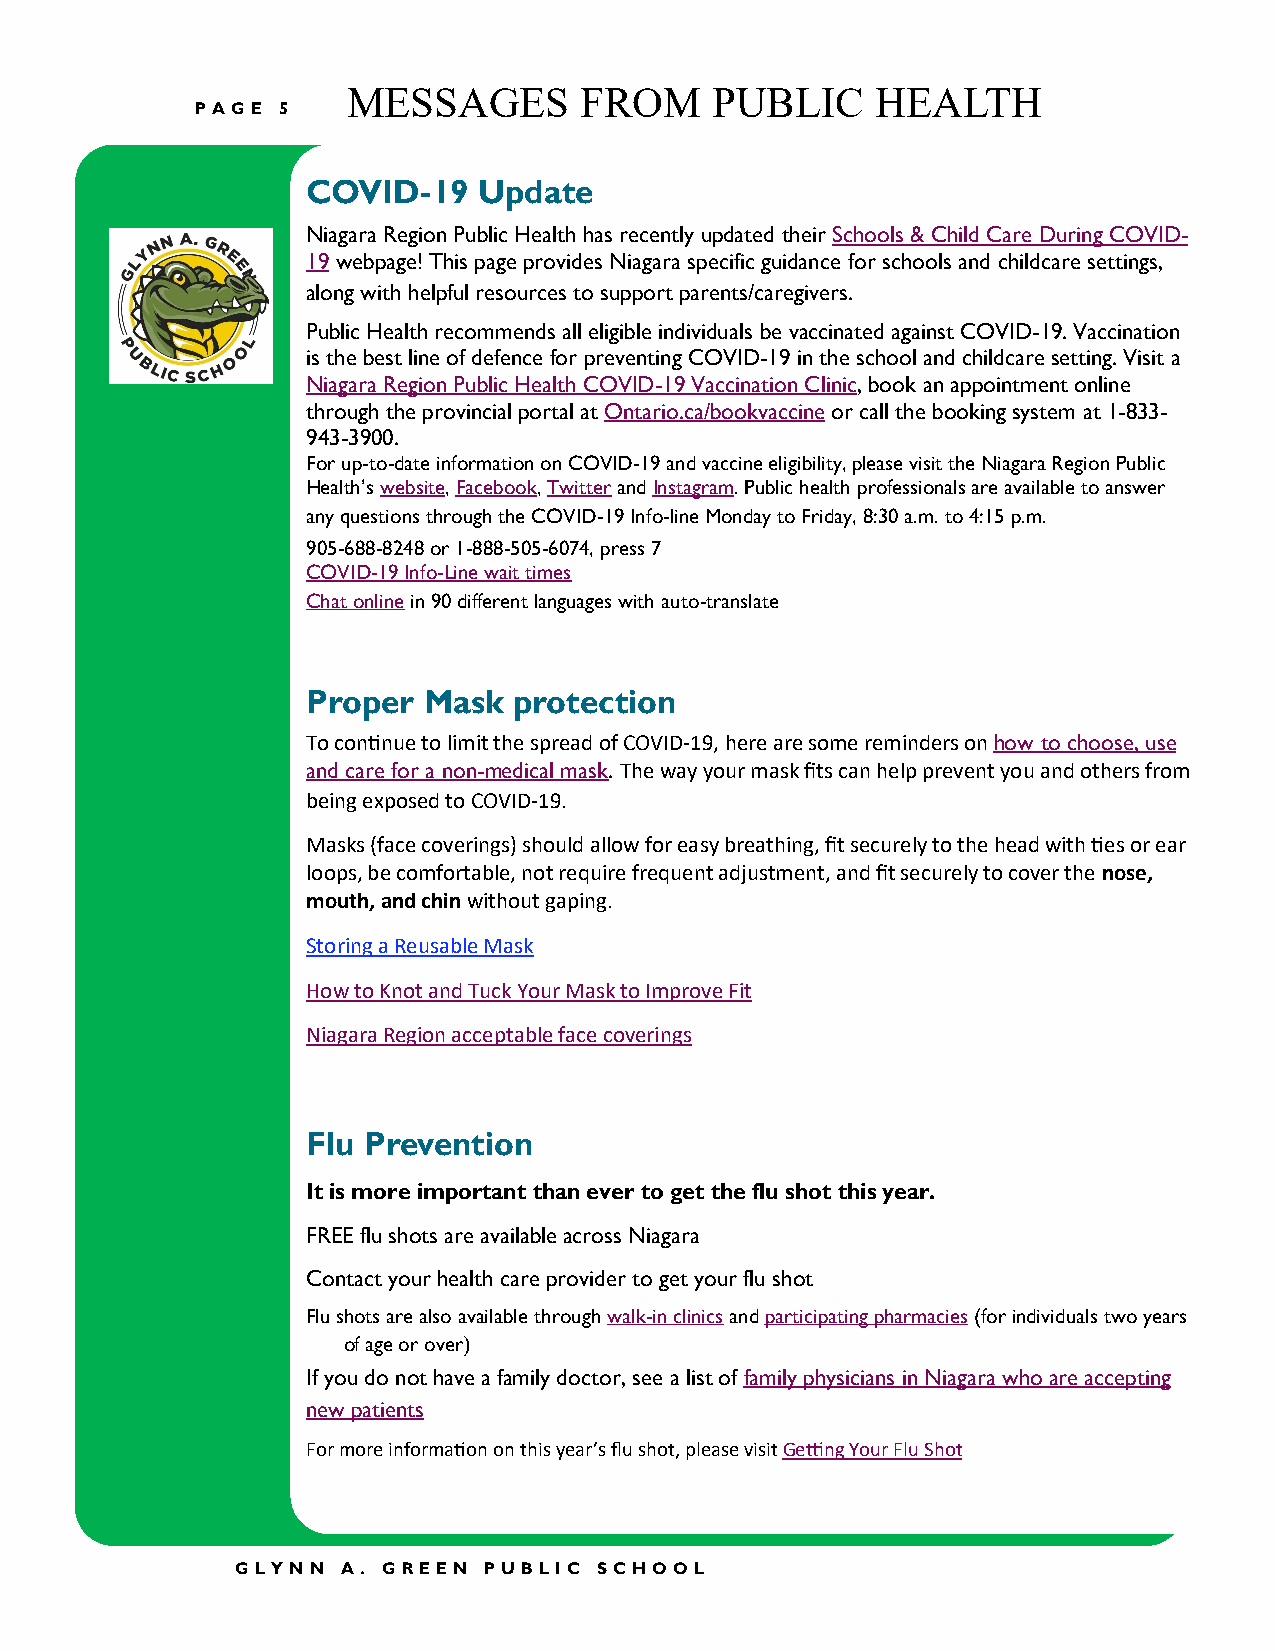
MESSAGES       FROM     PUBLIC     HEALTH
 PAGE 5
 COVID-19    Update
 Niagara Region Public Health has recently updated their Schools & Child Care During COVID-
 19 webpage! This page provides Niagara specific guidance for schools and childcare settings,
 along with helpful resources to support parents/caregivers.
 Public Health recommends all eligible individuals be vaccinated against COVID-19. Vaccination
 is the best line of defence for preventing COVID-19 in the school and childcare setting. Visit a
 Niagara Region Public Health COVID-19 Vaccination Clinic, book an appointment online
 through the provincial portal at Ontario.ca/bookvaccine or call the booking system at 1-833-
 943-3900.
 For up-to-date information on COVID-19 and vaccine eligibility, please visit the Niagara Region Public
 Health’s website, Facebook, Twitter and Instagram. Public health professionals are available to answer
 any questions through the COVID-19 Info-line Monday to Friday, 8:30 a.m. to 4:15 p.m.
 905-688-8248 or 1-888-505-6074, press 7
 COVID-19 Info-Line wait times
 Chat online in 90 different languages with auto-translate
 Proper  Mask  protection
 To continue to limit the spread of COVID-19, here are some reminders on how to choose, use
 and care for a non-medical mask. The way your mask fits can help prevent you and others from
 being exposed to COVID-19.
 Masks (face coverings) should allow for easy breathing, fit securely to the head with ties or ear
 loops, be comfortable, not require frequent adjustment, and fit securely to cover the nose,
 mouth, and chin without gaping.
 Storing a Reusable Mask
 How to Knot and Tuck Your Mask to Improve Fit
 Niagara Region acceptable face coverings
 Flu Prevention
 It is more important than ever to get the flu shot this year.
 FREE flu shots are available across Niagara
 Contact your health care provider to get your flu shot
 Flu shots are also available through walk-in clinics and participating pharmacies (for individuals two years
 of age or over)
 If you do not have a family doctor, see a list of family physicians in Niagara who are accepting
 new patients
 For more information on this year’s flu shot, please visit Getting Your Flu Shot
 GLYN N A. GREEN PUB LIC SC HOO L